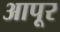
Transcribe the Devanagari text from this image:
आपूर